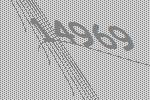
14969